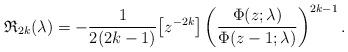
LaTeX: \begin{align*} \mathfrak{R}_{2k}(\lambda) = -\frac{1}{2(2k-1)} \big[z^{-2k}\big]\left(\frac{\Phi(z;\lambda)}{\Phi(z-1;\lambda)} \right)^{2k-1}.\end{align*}